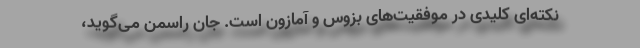
نکته‌ای کلیدی در موفقیت‌های بزوس و آمازون است. جان راسمن می‌گوید،